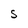
Character: S